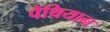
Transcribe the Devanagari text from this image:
पैंथियान